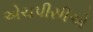
એચપીસીએ